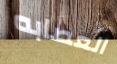
العصابه